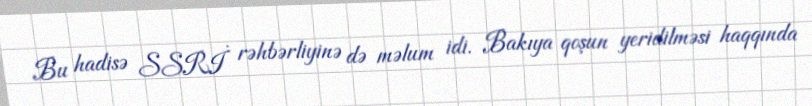
Bu hadisə SSRİ rəhbərliyinə də məlum idi. Bakıya qoşun yeridilməsi haqqında